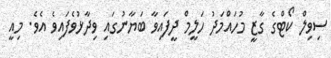
ސިވިލް ކޯޓްގެ ގާޒީ މުހައްމަދު ހަލީމް ދީފައިވާ ބަޔާނުގައި ވިދާޅުވެފައިވެ އެވެ. މިއީ